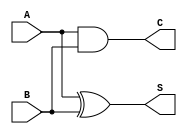
module half_adder (
    input wire A,     // First operand
    input wire B,     // Second operand
    output wire S,    // Sum output
    output wire C     // Carry output
);

// Logic for Sum (XOR)
assign S = A ^ B;

// Logic for Carry (AND)
assign C = A & B;

endmodule